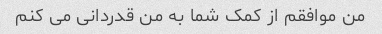
من موافقم از کمک شما به من قدردانی می کنم